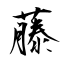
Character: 藤